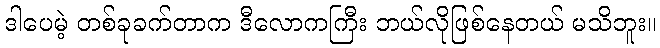
ဒါပေမဲ့ တစ်ခုခက်တာက ဒီလောကကြီး ဘယ်လိုဖြစ်နေတယ် မသိဘူး။